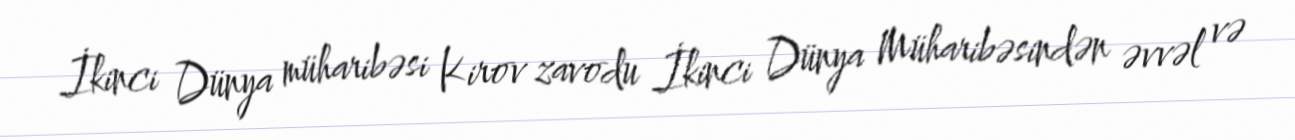
İkinci Dünya müharibəsi Kirov zavodu İkinci Dünya Müharibəsindən əvvəl və